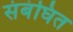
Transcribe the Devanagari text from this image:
संबंघित